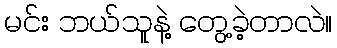
မင်း ဘယ်သူနဲ့ တွေ့ခဲ့တာလဲ။